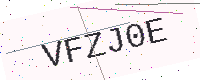
Text: VFZJ0E